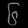
Digit: ၆